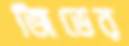
জিভের